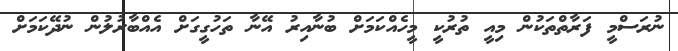
ނުރަސްމީ ފަރާތްތަކުން މިއީ ތުރުކީ މީހެއްކަމަށް ބުނާއިރު އޭނާ ތަހުގީގަށް އެއްބާރުލުން ނުދޭކަމަށް